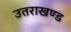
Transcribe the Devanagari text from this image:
उतराखण्ड